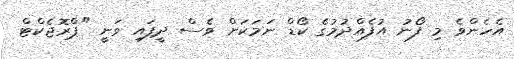
އެހެންވެ މި ފޯނު އުފެއްދުމުގެ ކޯޑް ނަމަކަށް ވެސް ދީފައި ވަނީ "ޕްރޮޖެކްޓް